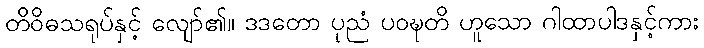
တိဝိဓသရုပ်နှင့် လျော်၏။ ဒဒတော ပုညံ ပဝဍ္ဎတိ ဟူသော ဂါထာပါဒနှင့်ကား